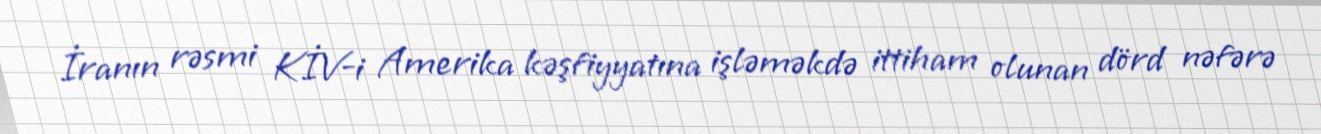
İranın rəsmi KİV-i Amerika kəşfiyyatına işləməkdə ittiham olunan dörd nəfərə